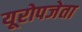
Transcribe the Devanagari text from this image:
यूरोपजेता